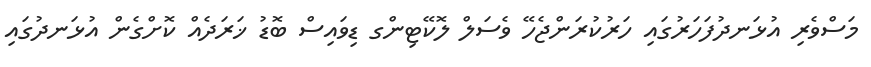
މަސްވެރި އުޅަނދުފަހަރުގައި ހަރުކުރަންޖެހޭ ވެސަލް ލޮކޭޓިންގ ޑިވައިސް ބޮޑު ޚަރަދެއް ކޮށްގެން އުޅަނދުގައި